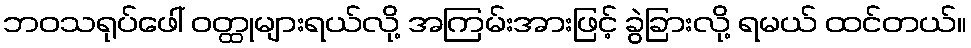
ဘဝသရုပ်ဖေါ် ဝတ္ထုများရယ်လို့ အကြမ်းအားဖြင့် ခွဲခြားလို့ ရမယ် ထင်တယ်။